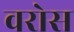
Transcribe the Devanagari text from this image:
वरोस